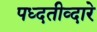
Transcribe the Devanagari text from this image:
पध्दतीव्दारे